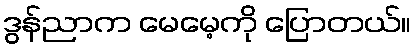
ဒွန်ညာက မေမေ့ကို ပြောတယ်။